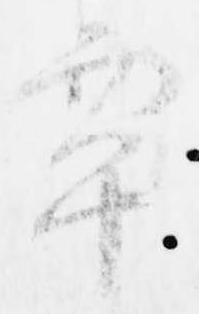
覃